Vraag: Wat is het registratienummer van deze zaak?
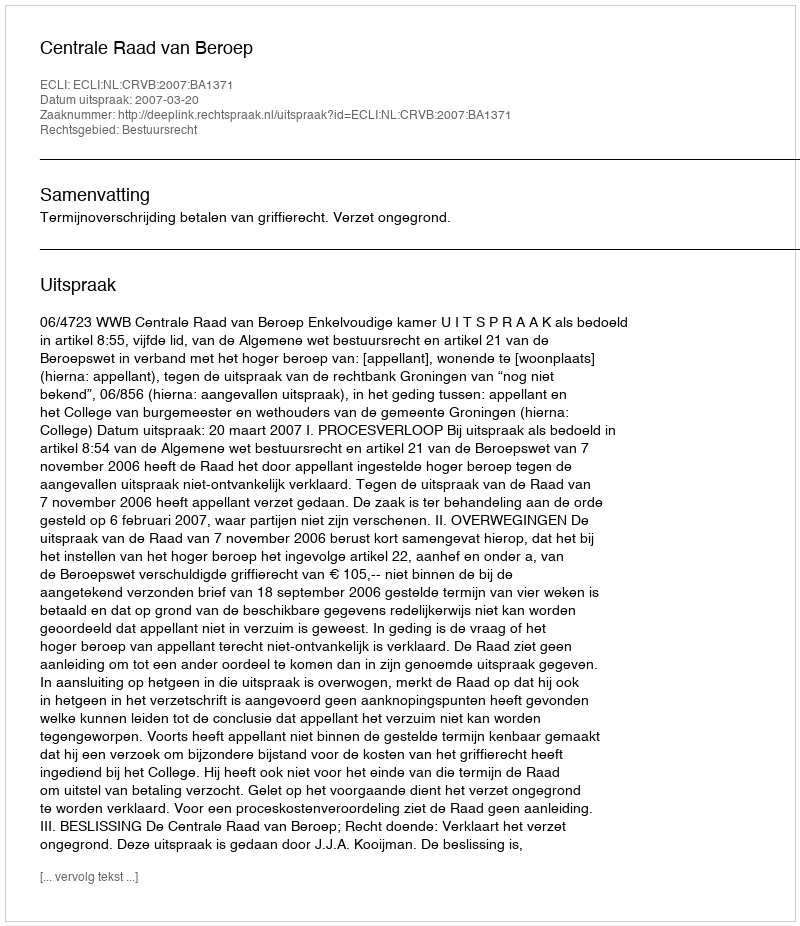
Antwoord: http://deeplink.rechtspraak.nl/uitspraak?id=ECLI:NL:CRVB:2007:BA1371